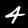
Digit: 4